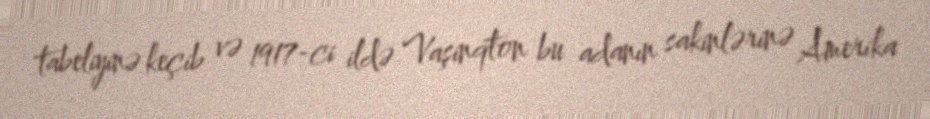
tabeliyinə keçib və 1917-ci ildə Vaşinqton bu adanın sakinlərinə Amerika